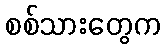
စစ်သားတွေက